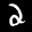
Label: 2